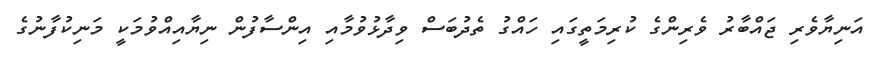
އަނިޔާވެރި ޖައްބާރު ވެރިންގެ ކުރިމަތީގައި ހައްގު ތެދުބަސް ވިދާޅުވުމާއި އިންސާފުން ނިޔާއިއްވުމަކީ މަނިކުފާނުގެ